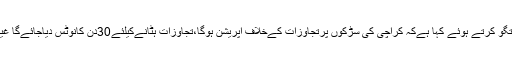
میئرکراچی وسیم اختر نے کراچی میں میڈیا سے گفتگو کرتے ہوئے کہا ہےکہ کراچی کی سڑکوں پرتجاوزات کےخلاف آپریشن ہوگا،تجاوزات ہٹانےکیلئے30دن کانوٹس دیاجائےگا غیرقانونی طورپرآبادافرادکومتبادل جگہ دی جائےگی۔